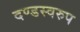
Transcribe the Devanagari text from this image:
दण्डस्वरुप